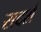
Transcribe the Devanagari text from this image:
सदर्श